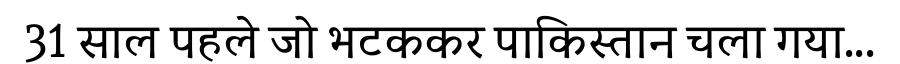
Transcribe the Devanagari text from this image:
31 साल पहले जो भटककर पाकिस्तान चला गया...